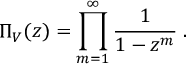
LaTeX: \Pi _ { V } ^ { } ( z ) = \prod _ { m = 1 } ^ { \infty } \frac { 1 } { 1 - z ^ { m } } \; .